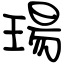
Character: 瑒